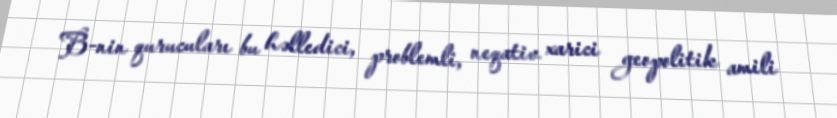
B-nin qurucuları bu həlledici, problemli, neqativ xarici geopolitik amili